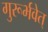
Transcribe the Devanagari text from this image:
गुरूर्भवेत्